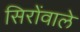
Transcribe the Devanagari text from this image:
सिरोंवाले